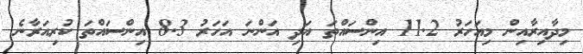
މިދާއިރާއިން މިއަހަރު 11.2 އިންސައްތަ އަދި އަންނަ އަހަރު 8.3 އިންސައްތަ ކުރިއަރާނެ